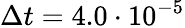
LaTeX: \Delta t=4.0\cdot 10^{-5}